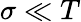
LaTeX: \sigma\ll T